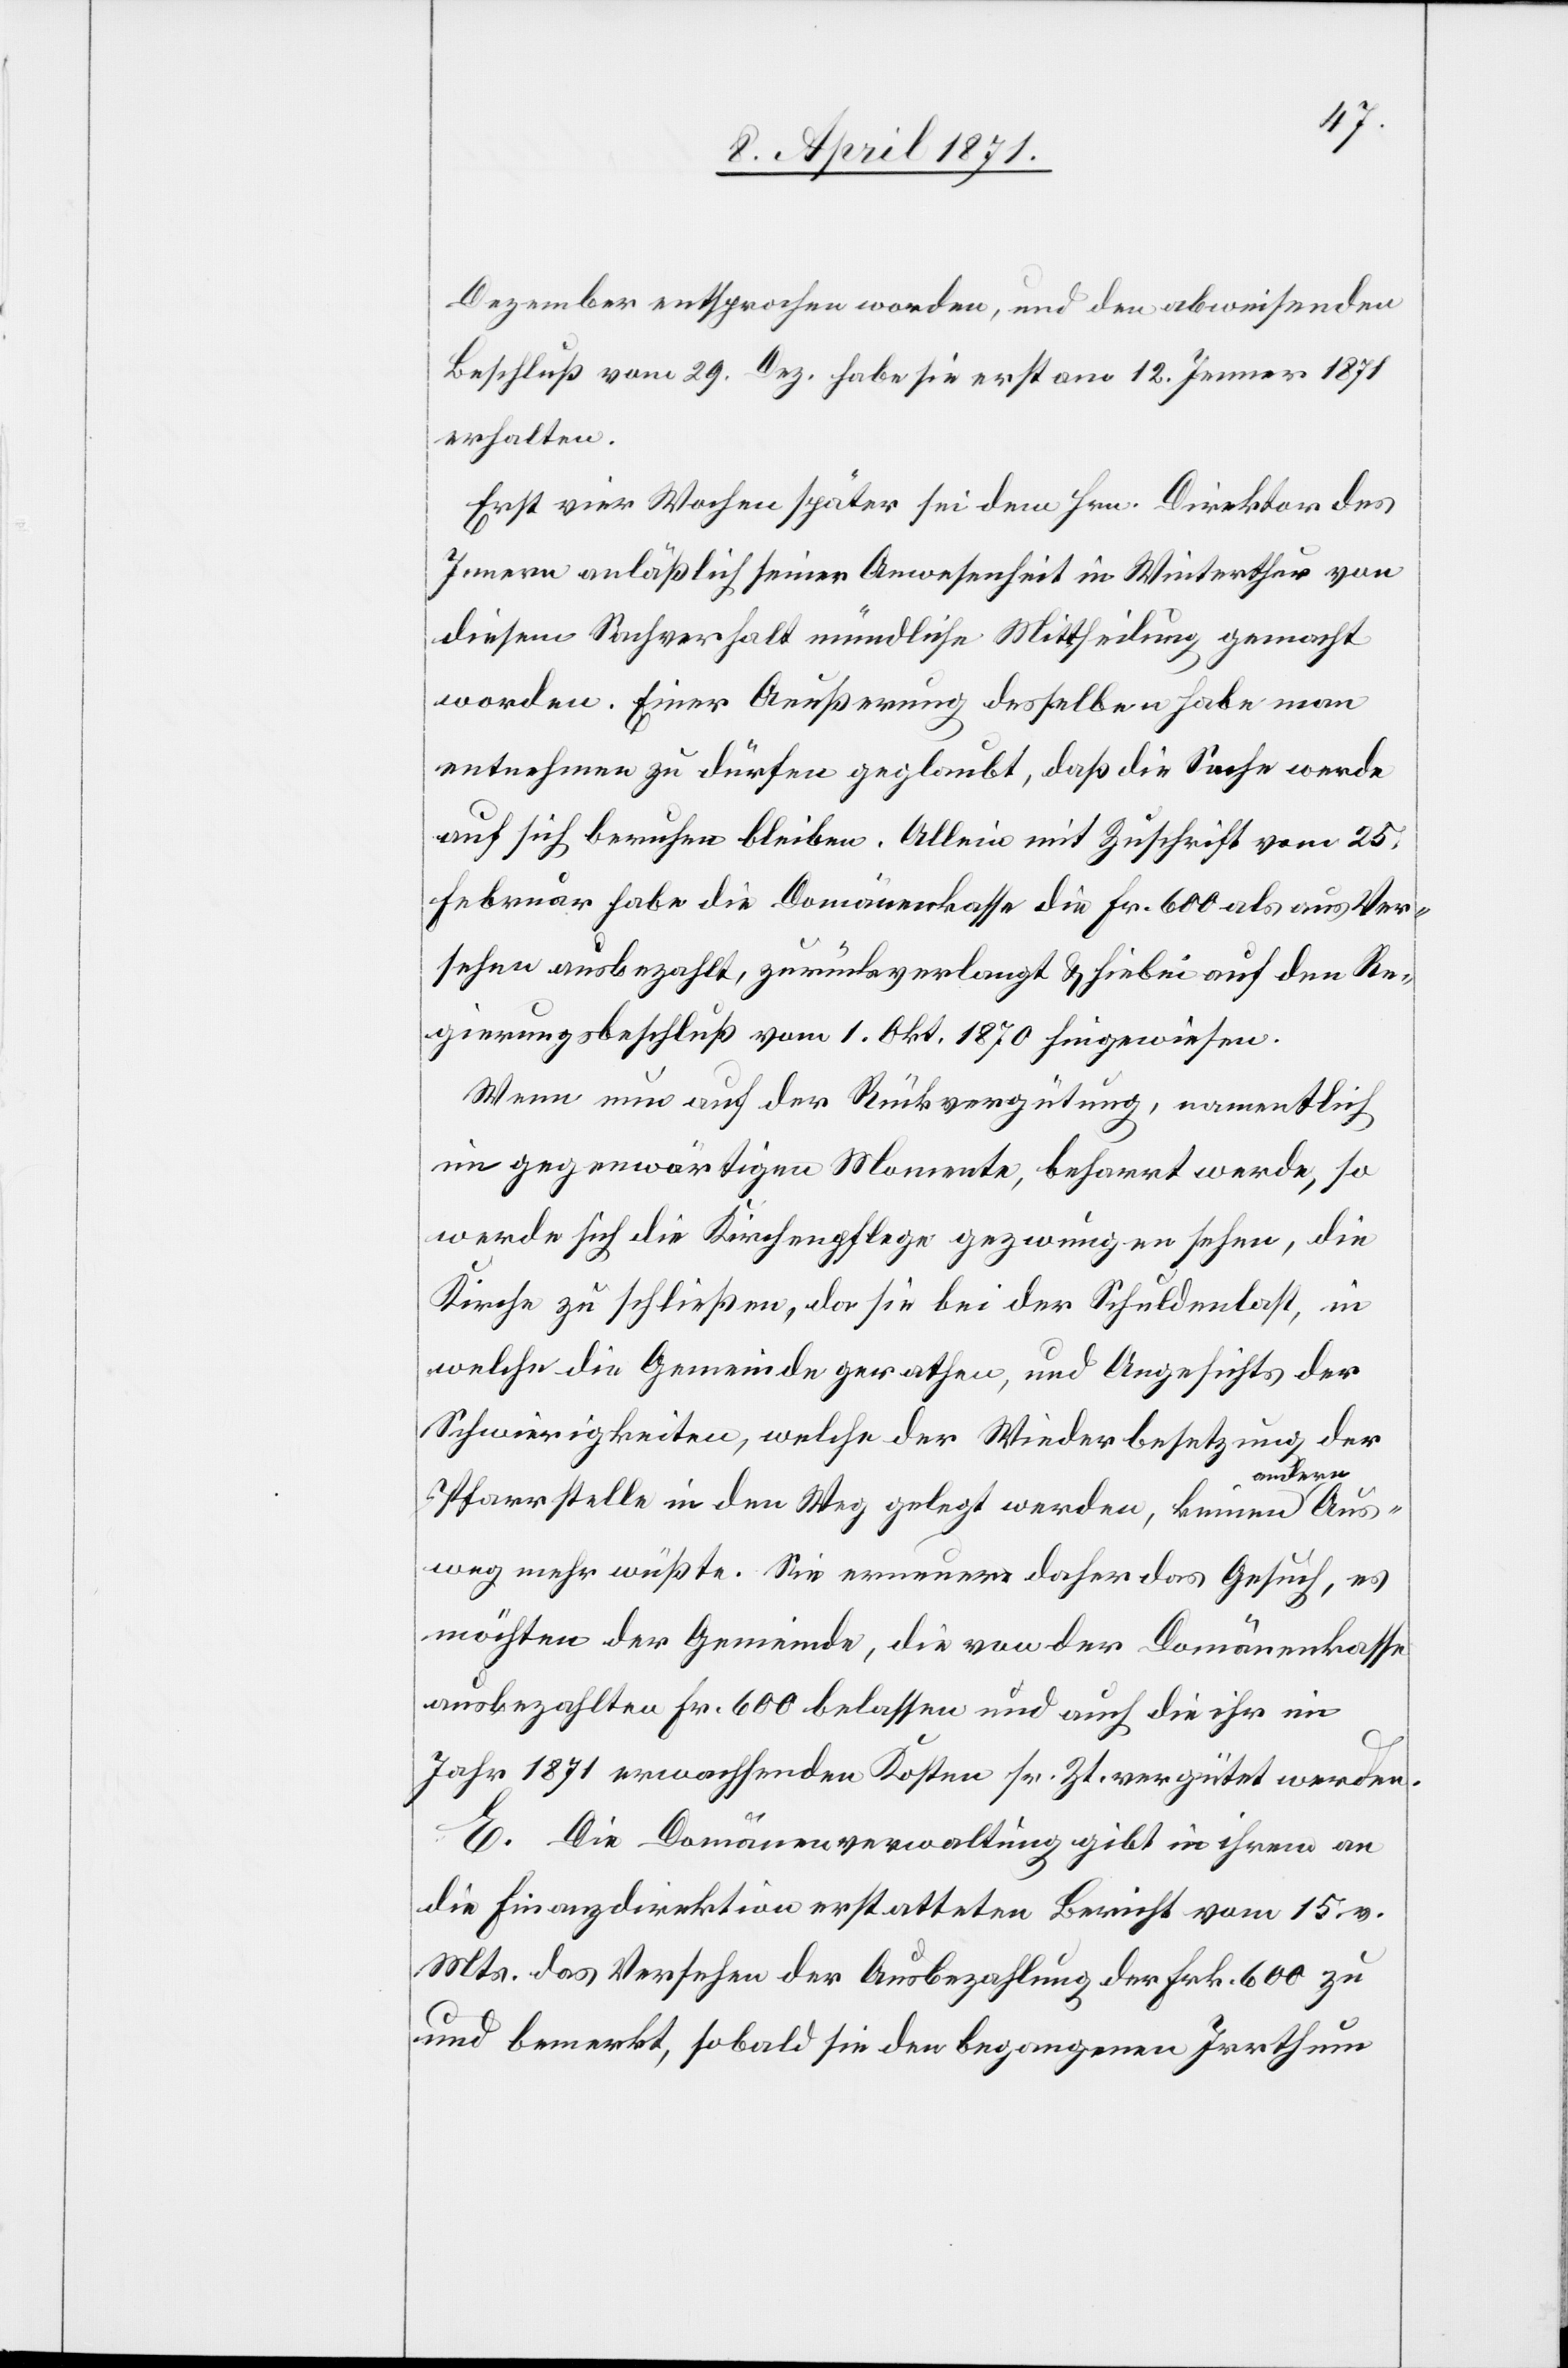
Dezember entsprochen worden, und den abweisenden
Beschluß vom 29. Dez. habe sie erst am 12. Jenner 1871
erhalten.
Erst vier Wochen später sei dem Hrn. Direktor des
Innern anläßlich seiner Anwesenheit in Winterthur von
diesem Sachverhalt mündlich Mittheilung gemacht
worden. Einer Aeußerung desselben habe man
entnehmen zu dürfen geglaubt, daß die Sache werde
auf sich beruhen bleiben. Allein mit Zuschrift vom 25.
Februar habe die Domänenkasse die Fr. 600 als aus Ver¬
sehen ausbezahlt, zurückverlangt u. hiebei auf den Re¬
gierungsbeschluß vom 1. Okt. 1870 hingewiesen.
Wenn nun auf der Rückvergütung, namentlich
im gegenwärtigen Momente, beharrt werde, so
werde sich die Kirchenpflege gezwungen sehen, die
Kirche zu schließen, da sie bei der Schuldenlast, in
welche die Gemeinde gerathen, und Angesichts der
Schwierigkeiten, welche der Wiederbesetzung der
Pfarrstelle in den Weg gelegt werden, keinen andern Aus¬
weg mehr wüßte. Sie erneuere daher das Gesuch, es
möchten der Gemeinde, die von der Domänenkasse
ausbezahlten Fr. 600 belassen und auch die ihr im
Jahr 1871 erwachsenden Kosten sr. Zt. vergütet werden.
E. Die Domänenverwaltung gibt in ihrem an
die Finanzdirektion erstatteten Bericht vom 15. v.
Mts. das Versehen der Ausbezahlung der Frk. 600 zu
und bemerkt, sobald sie den begangenen Irrthum